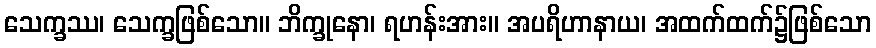
သေက္ခဿ၊ သေက္ခဖြစ်သော။ ဘိက္ခုနော၊ ရဟန်းအား။ အပရိဟာနာယ၊ အထက်ထက်၌ဖြစ်သော